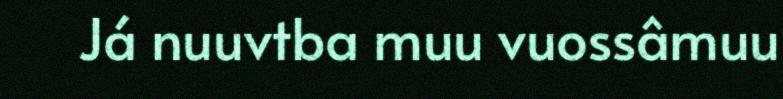
Já nuuvtba muu vuossâmuu